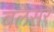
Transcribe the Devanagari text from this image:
बलेसर